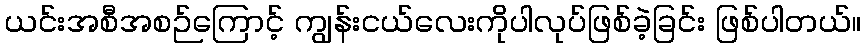
ယင်းအစီအစဉ်ကြောင့် ကျွန်းငယ်လေးကိုပါလုပ်ဖြစ်ခဲ့ခြင်း ဖြစ်ပါတယ်။